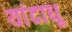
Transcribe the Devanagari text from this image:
यांदाधू